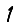
Digit: 1